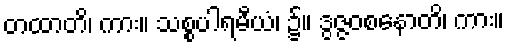
တထာတိ၊ ကား။ သစ္စပါရမီယံ၊ ၌။ ဒွဇ္ဇဝစနောတိ၊ ကား။